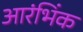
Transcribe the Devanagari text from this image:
आरंभिंक